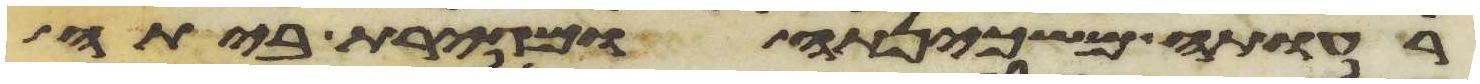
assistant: רעותה משכינתה ומגירת ביתה